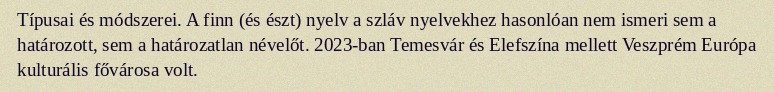
Típusai és módszerei. A finn (és észt) nyelv a szláv nyelvekhez hasonlóan nem ismeri sem a határozott, sem a határozatlan névelőt. 2023-ban Temesvár és Elefszína mellett Veszprém Európa kulturális fővárosa volt.